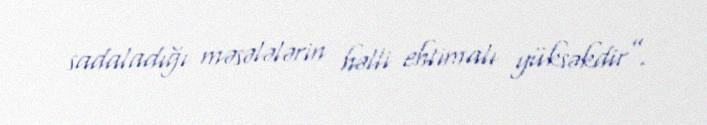
sadaladığı məsələlərin həlli ehtimalı yüksəkdir”.